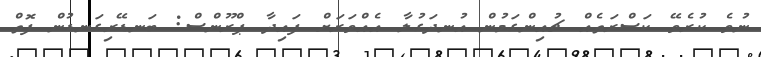
ނުވެ ކުރެވޭ ކަސްރަތެއް ޗުއިންގަމުން އުނދަގުލާ އެއްވަރަށް ފައިދާ ޕްރޫންސް: ބަނޑޭރިގަނޑުން ފޮތް